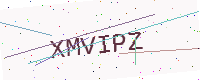
Text: XMVIPZ